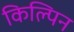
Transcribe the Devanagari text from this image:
किल्पिन